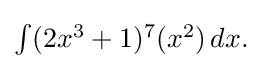
{\textstyle \int (2x^{3}+1)^{7}(x^{2})\,dx.}